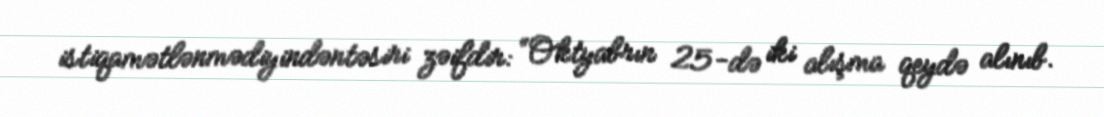
istiqamətlənmədiyindəntəsiri zəifdir: “Oktyabrın 25-də iki alışma qeydə alınıb.